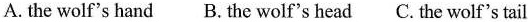
A.the wolf's hand B. The wolf's head C. The wolf's tail